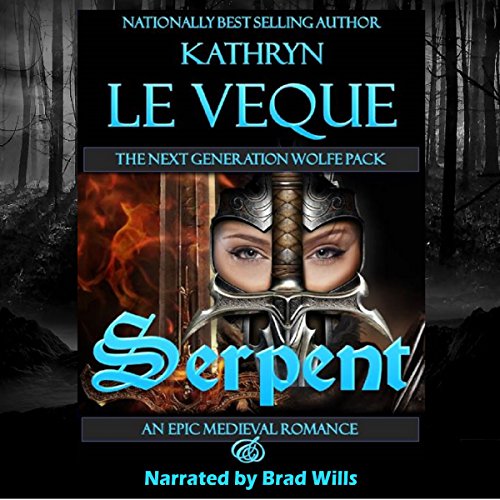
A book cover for Serpent; Kathryn Le Veque; Romance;